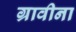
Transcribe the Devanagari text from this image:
ग्रावीना